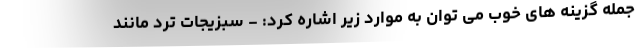
جمله گزینه های خوب می توان به موارد زیر اشاره کرد: - سبزیجات ترد مانند